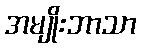
အမျိုးဘာသာ